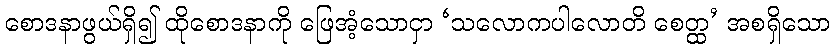
စောဒနာဖွယ်ရှိ၍ ထိုစောဒနာကို ဖြေအံ့သောငှာ ‘သလောကပါလောတိ စေတ္ထ’ အစရှိသော